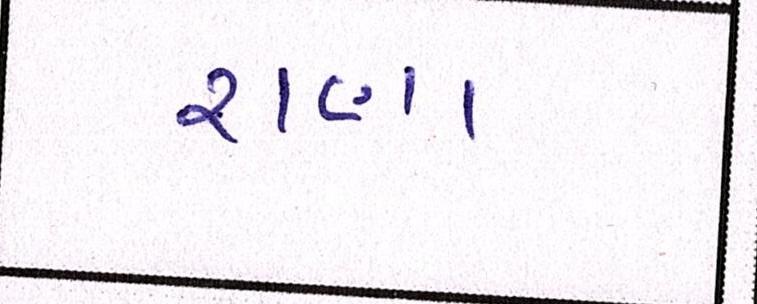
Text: રાણા